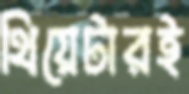
থিয়েটারই